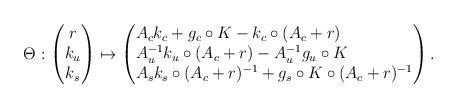
LaTeX: \begin{align*}\Theta^{} : \begin{pmatrix} r \\ k_u \\ k_s \end{pmatrix} \mapsto \begin{pmatrix*}[l]A_c k_c +g_c \circ K{}{} -k_c \circ (A_c +r) \\A_u^{-1}k_u \circ (A_c + r) - A_u^{-1} g_u \circ K{}{} \\ A_s k_s\circ (A_c + r)^{-1} + g_s \circ K{}{} \circ (A_c +r)^{-1}\end{pmatrix*}.\end{align*}